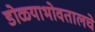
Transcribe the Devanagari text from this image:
डोळ्याभोवतालचे